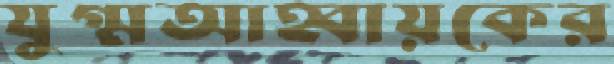
যুগ্মআহ্বায়কের